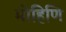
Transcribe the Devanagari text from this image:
मोहिणि